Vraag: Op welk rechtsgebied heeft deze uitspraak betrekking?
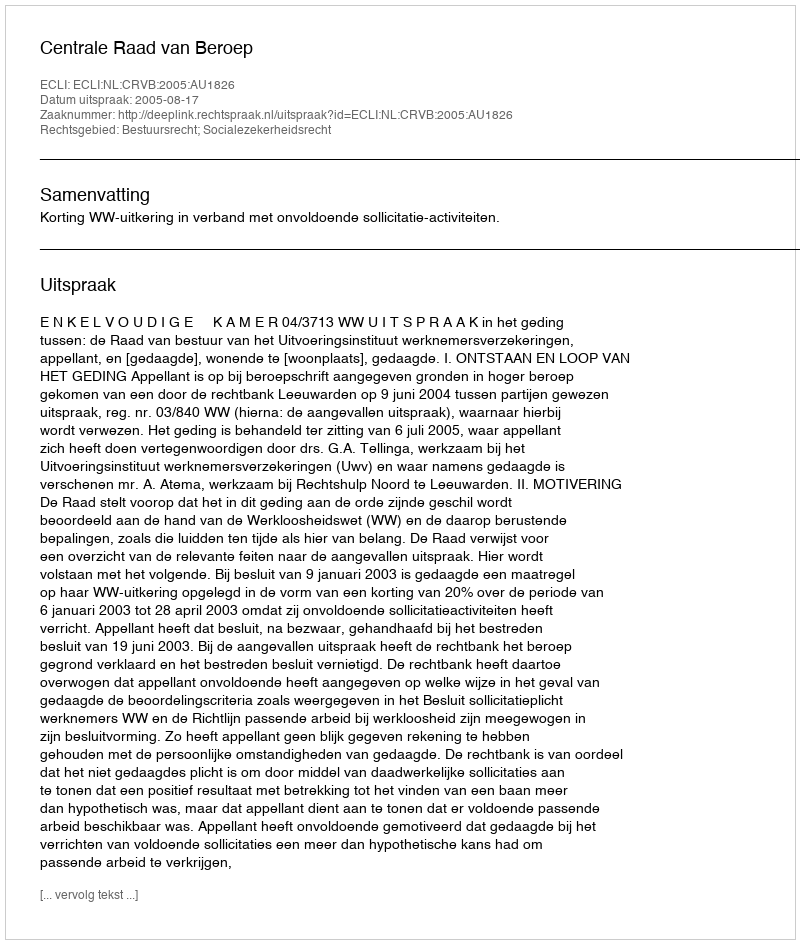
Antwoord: Bestuursrecht; Socialezekerheidsrecht